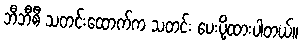
ဘီဘီစီ သတင်းထောက်က သတင်း ပေးပို့ထားပါတယ်။